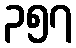
၃၅၇